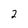
Character: 2